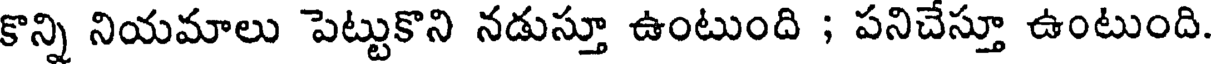
కొన్ని నియమాలు పెట్టుకొని నడుస్తూ ఉంటుంది ; పనిచేస్తూ ఉంటుంది